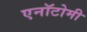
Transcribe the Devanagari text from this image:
एनॉटोमी